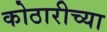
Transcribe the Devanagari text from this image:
कोठारीच्या